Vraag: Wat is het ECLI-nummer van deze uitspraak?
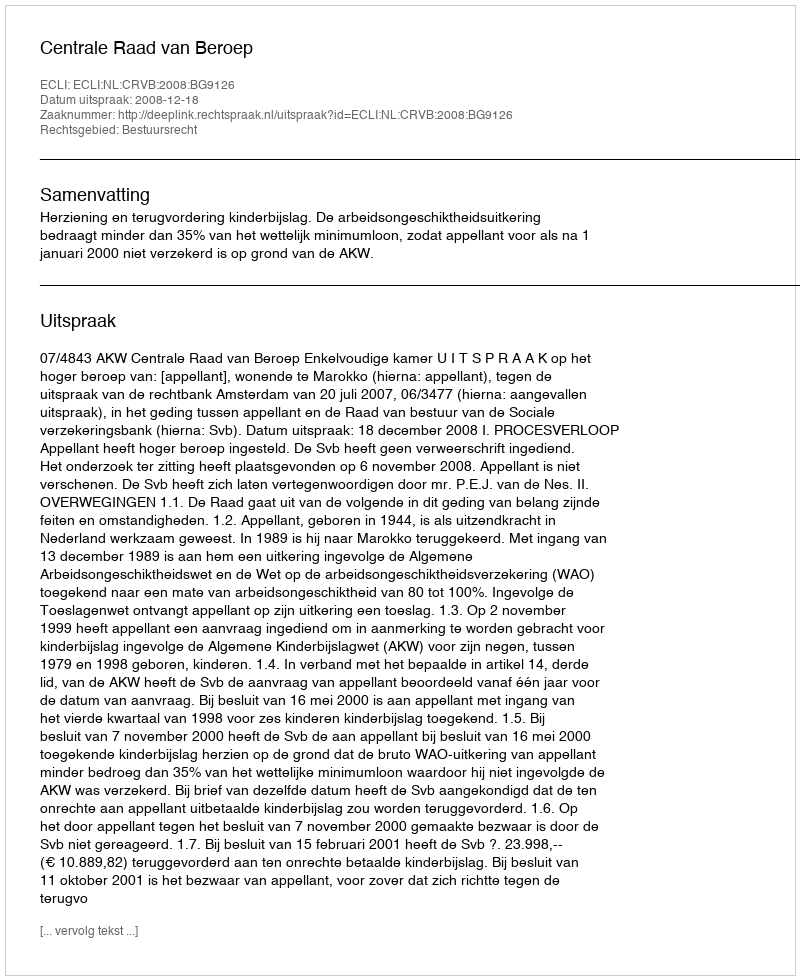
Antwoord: ECLI:NL:CRVB:2008:BG9126